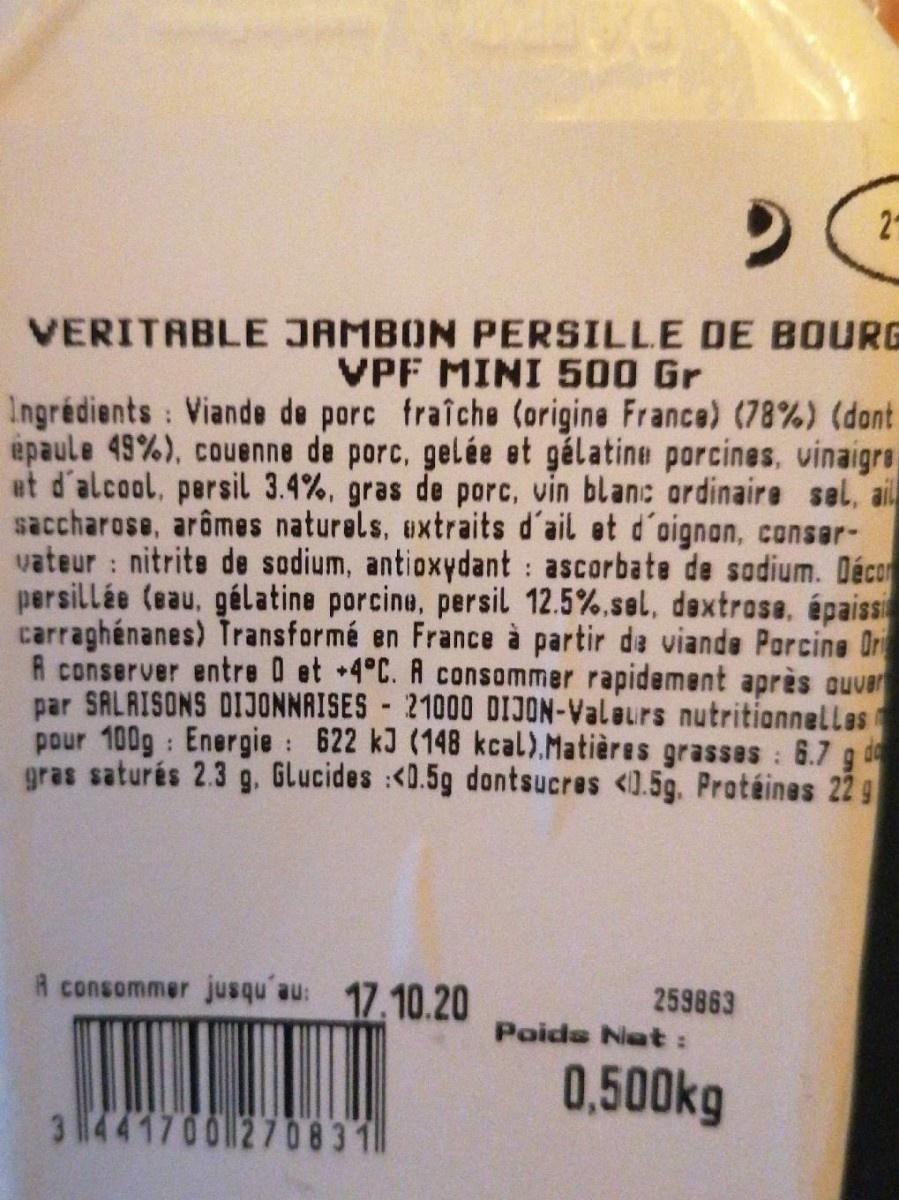
2-
VERITABLE JAMBON PERSILLE DE BOURG VPF MINI 500 Gr Ingrédients : Viande de porc fraîche (origine France) (78%) (dont épaule 49%), couenne de porc, gelée et gálatine porcines, vinaigre at d'alcool, persil 3.4%, gras de porc, vin blanc ordinaire sel, ail saccharose, arômes naturels, uxtraits d'ail et d'oignan, conser- vateur : nitrite de sodium, antioxydant ascorbate de sadium. Décor persillée (eau, gélatine porcine, persil 12.5%.sel, dextrase, épaissi carraghénanes) Transformé en France à partir de viande Porcine Or R conserver entre O et 4°C. A consommer rapidement après auver par SALAISONS DIJONNAISES 2100O DIJON-Valeurs nutritionnellas pour 100g : Energie : 622 kJ (148 kcal).Matières grasses : 6.7 g gras saturés 2.3 g. GLucides :<0.5g dontsucres <0.5g. Protéines 22 9
de
R consommer jusqu'au: 17.10.20
259863 Poids Nat :
0,500kg
344170012708311